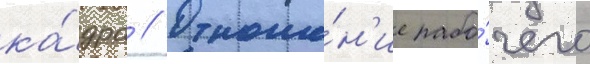
ка́дра // Отноше́н'ие рабо́чего